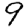
Digit: 9